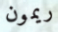
ريمون